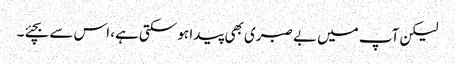
لیکن آپ میں بے صبری بھی پیدا ہو سکتی ہے، اس سے بچئے۔